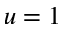
u = 1